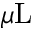
\mu \mathrm { L }